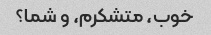
خوب، متشکرم، و شما؟